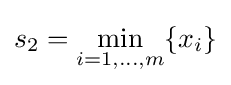
s_{2}=\min _{i=1,\ldots ,m}\{x_{i}\}